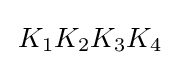
\,K_{1}K_{2}K_{3}K_{4}